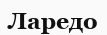
Ларедо